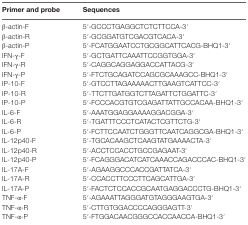
<table><thead><tr><td><b>Primer and probe</b></td><td><b>Sequences</b></td></tr></thead><tbody><tr><td>β-actin-F</td><td>5′-GCCCTGAGGCTCTCTTCCA-3′</td></tr><tr><td>β-actin-R</td><td>5′-GCGGATGTCGACGTCACA-3′</td></tr><tr><td>β-actin-P</td><td>5′-FCATGGAATCCTGCGGCATTCACG-BHQ1-3′</td></tr><tr><td>IFN-γ-F</td><td>5′-GCTGATTCAAATTCCGGTGGA-3′</td></tr><tr><td>IFN-γ-R</td><td>5′-CAGGCAGGAGGACCATTACG-3′</td></tr><tr><td>IFN-γ-P</td><td>5′-FTCTGCAGATCCAGCGCAAAGCC-BHQ1-3′</td></tr><tr><td>IP-10-F</td><td>5′-GTCCTTAGAAAAACTTGAAGTCATTCC-3′</td></tr><tr><td>IP-10-R</td><td>5′-TTCTTGATGGTCTTAGATTCTGGATTC-3′</td></tr><tr><td>IP-10-P</td><td>5′-FCCCACGTGTCGAGATTATTGCCACAA-BHQ1-3′</td></tr><tr><td>IL-6-F</td><td>5′-AAATGGAGGAAAAGGACGGA-3′</td></tr><tr><td>IL-6-R</td><td>5′-TGATTTCCCTCATACTCGTTCTG-3′</td></tr><tr><td>IL-6-P</td><td>5′-FCTTCCAATCTGGGTTCAATCAGGCGA-BHQ1-3′</td></tr><tr><td>IL-12p40-F</td><td>5′-TGCACAAGCTCAAGTATGAAAACTA-3′</td></tr><tr><td>IL-12p40-R</td><td>5′-ACCTCCACCTGCCGAGAAT-3′</td></tr><tr><td>IL-12p40-P</td><td>5′-FCAGGGACATCATCAAACCAGACCCAC-BHQ1-3′</td></tr><tr><td>IL-17A-F</td><td>5′-AGAAGGCCCACCGATTATCA-3′</td></tr><tr><td>IL-17A-R</td><td>5′-CCACCTTCCCTTCAGCATTGA-3′</td></tr><tr><td>IL-17A-P</td><td>5′-FACTCTCCACCGCAATGAGGACCCTG-BHQ1-3′</td></tr><tr><td>TNF-α-F</td><td>5′-AGAAATTAGGGATGTAGGGAAGTGA-3′</td></tr><tr><td>TNF-α-R</td><td>5′-CTTGTGGACCCCAGGGAGTT-3′</td></tr><tr><td>TNF-α-P</td><td>5′-FTGGACAACGGGCCACCAACCA-BHQ1-3′</td></tr></tbody></table>